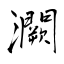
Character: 灍